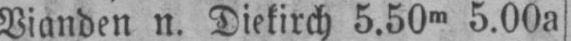
Vianden n. Diekirch 5.50m 5.00a